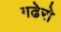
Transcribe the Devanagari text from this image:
गढेरो